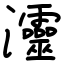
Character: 𤅷